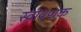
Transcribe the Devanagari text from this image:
स्वायपाक